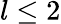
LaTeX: l\leq 2